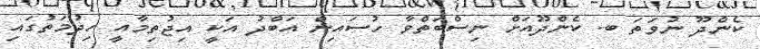
ކެންދޫ ނުވަތަ ބ. ކެންދޫއަށް ނިސްބަތްވާ ހުސައިން އަބްދު އަކީ އިޖުތިމާއީ ހިދުމަތުގައި